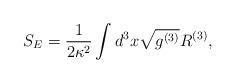
LaTeX: \begin{align*}S_{E}=\frac{1}{2 \kappa ^{2}}\int d^{3}x\sqrt{g^{(3)}}{ R^{(3)}},\end{align*}